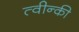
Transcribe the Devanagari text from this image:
त्वीन्की